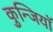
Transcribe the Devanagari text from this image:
कुन्जियाॅ